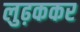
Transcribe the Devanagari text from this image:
लुढ़ककर